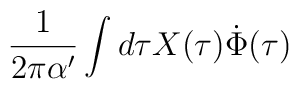
\frac{1}{2\pi\alpha'} \int  d\tau X(\tau)\dot{\Phi}(\tau)